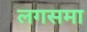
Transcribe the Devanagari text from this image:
लगसमा